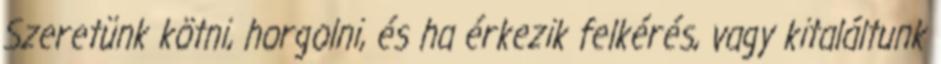
Szeretünk kötni, horgolni, és ha érkezik felkérés, vagy kitaláltunk